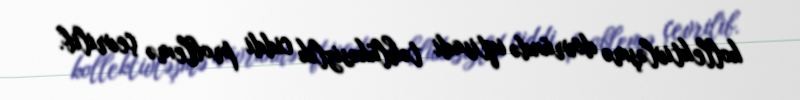
kollektivləşmə dövründə iqtisadi təhlükəsizlik ciddi problemə çevrilib.